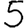
Digit: 5